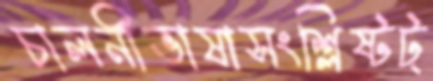
চালনীভাষাসংশ্লিষ্টট্